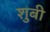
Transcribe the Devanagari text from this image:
शुबी